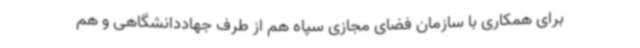
برای همکاری با سازمان فضای مجازی سپاه هم از طرف جهاددانشگاهی و هم